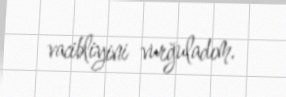
vacibliyini vurğuladım.